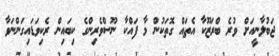
ޖަބުލާނީއަށް ވުރެ ބްރަޒޫކާ އެތައް ގޮތަކުން މާ ފައްކާ ނޫސްވެރިންގެ ކިބައިން ރެކިވަޑައިގަންނަވާ